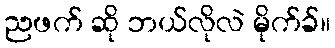
ညဖက် ဆို ဘယ်လိုလဲ မိုက်ခ်။